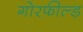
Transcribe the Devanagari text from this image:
गोरफील्ड